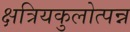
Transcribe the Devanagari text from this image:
क्षत्रियकुलोत्पन्न